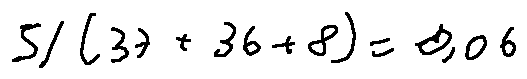
5 / ( 3 7 + 3 6 + 8 ) = 0 . 0 6